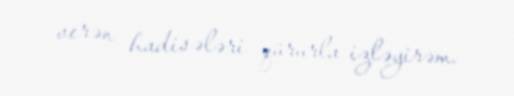
verən hadisələri qürurla izləyirəm.